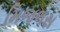
મિજલસ